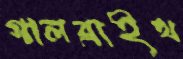
গালব্রাইথ